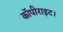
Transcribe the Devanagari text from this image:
कॉपीराइट।